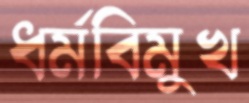
ধর্মবিমুখ